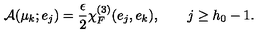
{ \cal A } ( \mu _ { k } ; e _ { j } ) = { \frac { \epsilon } { 2 } } \chi _ { F } ^ { ( 3 ) } ( e _ { j } , e _ { k } ) , \qquad j \ge h _ { 0 } - 1 .